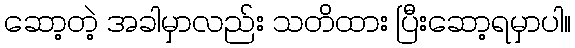
ဆော့တဲ့ အခါမှာလည်း သတိထား ပြီးဆော့ရမှာပါ။